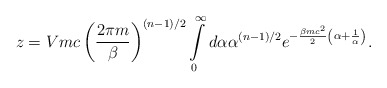
\begin{align*}z=Vmc\left (\frac {2\pi m}{\beta}\right )^{(n-1)/2}\int \limits_0^{\infty} d\alpha \alpha ^{(n-1)/2}e^{-\frac {\beta mc^2}{2}\left (\alpha +\frac {1}{\alpha }\right )}.\end{align*}